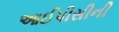
આઈપીસીની